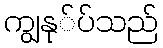
ကျွနု်ပ်သည်